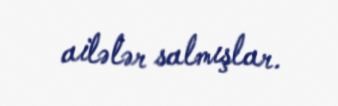
ailələr salmışlar.